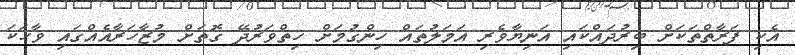
އެކި ފަރާތްތަކަށް ބިރުދައްކައި އަނިޔާވެރި އަމަލުތައް ހިންގުމަށް ހިތްވަރުދޭ ގޮތަށް މުޒާހަރާއެއްގައި ވާހަކަ